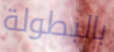
بالبطولة